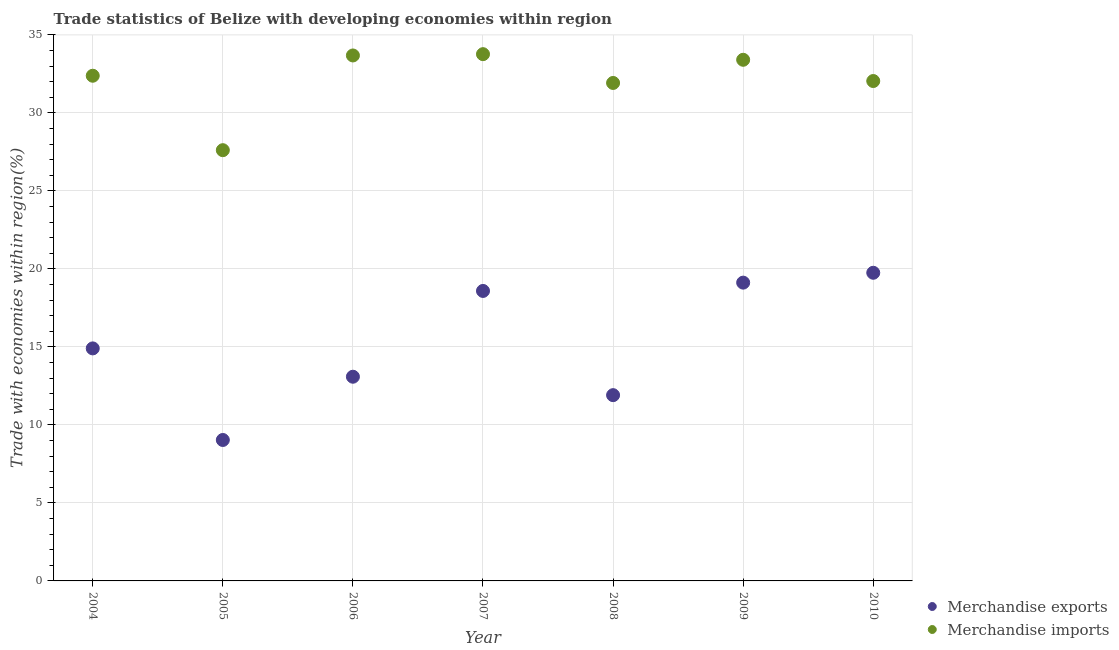
| Year | Merchandise exports | Merchandise imports |
 | --- | --- | --- |
 | 2004 | 14.9 | 32.4 |
 | 2005 | 9.03 | 27.6 |
 | 2006 | 13.1 | 33.7 |
 | 2007 | 18.6 | 33.8 |
 | 2008 | 11.9 | 31.9 |
 | 2009 | 19.1 | 33.4 |
 | 2010 | 19.8 | 32 |